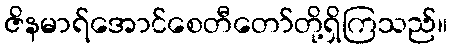
ဇိနမာရ်အောင်စေတီတော်တို့ရှိကြသည်။